Indian journal of veterinary science and animal husbandry - Volume 5,
Year: 1935
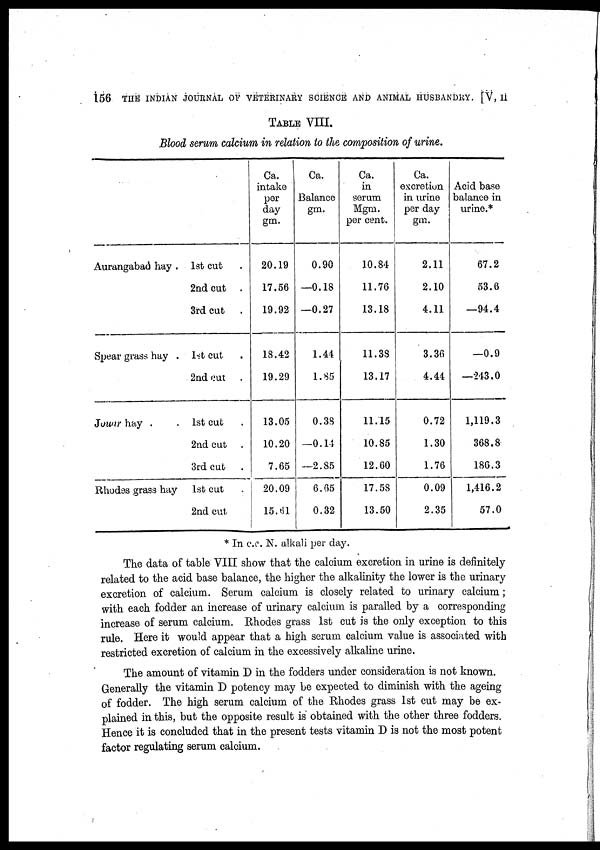
156
THE INDIAN JOURNAL OF VETERINARY SCIENCE AND ANIMAL HUSBANDRY. [V, II
TABLE VIII.
Blood serum calcium in relation to the composition of urine.
Aurangabad hay .
Spear grass hay .
Jouar hay . .
Rhodes grass hay
1st cut .
2nd cut .
3rd cut .
1st cut .
2nd cut .
1st cut .
2nd cut .
3rd cut .
1st cut .
2nd cut .
Ca.
intake
per
day
gm.
20.19
17.56
19.92
18.42
19.29
13.05
10.20
7.65
20.09
15.61
Ca.
Balance
gm.
0.90
—0.18
—0.27
1.44
1.85
0.38
—0.14
—2.85
6.65
0.32
Ca.
in
serum
Mgm.
per cent.
10.84
11.76
13.18
11.38
13.17
11.15
10.85
12.60
17.58
13.50
Ca.
excretion
in urine
per day
gm.
2.11
2.10
4.11
3.36
4.44
0.72
1.30
1.76
0.09
2.35
Acid base
balance in
urine.*
67.2
53.6
—94.4
—0.9
—243.0
1,119.3
368.8
186.3
1,416.2
57.0
* In c.c. N. alkali per day.
The data of table VIII show that the calcium excretion in urine is definitely
related to the acid base balance, the higher the alkalinity the lower is the urinary
excretion of calcium. Serum calcium is closely related to urinary calcium;
with each fodder an increase of urinary calcium is paralled by a corresponding
increase of serum calcium. Rhodes grass 1st cut is the only exception to this
rule. Here it would appear that a high serum calcium value is associated with
restricted excretion of calcium in the excessively alkaline urine.
The amount of vitamin D in the fodders under consideration is not known.
Generally the vitamin D potency may be expected to diminish with the ageing
of fodder. The high serum calcium of the Rhodes grass 1st cut may be ex-
plained in this, but the opposite result is obtained with the other three fodders.
Hence it is concluded that in the present tests vitamin D is not the most potent
factor regulating serum calcium.